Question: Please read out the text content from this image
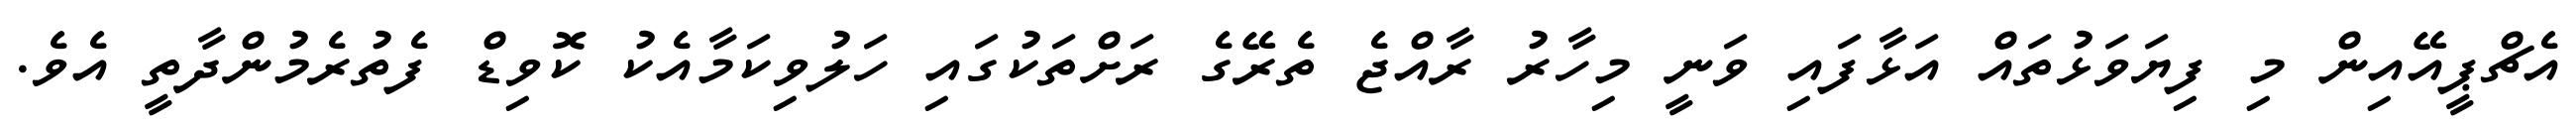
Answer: އެޗްޕީއޭއިން މި ފިޔަވަޅުތައް އަޅާފައި ވަނީ މިހާރު ރާއްޖެ ތެރޭގެ ރަށްތަކުގައި ހަލުވިކަމާއެކު ކޮވިޑް ފެތުރެމުންދާތީ އެވެ.